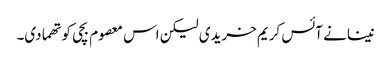
نینا نے آئس کریم خریدی لیکن اس معصوم بچی کو تھما دی۔